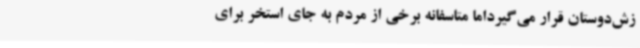
زش‌دوستان قرار می‌گیرداما متاسفانه برخی از مردم به جای استخر برای